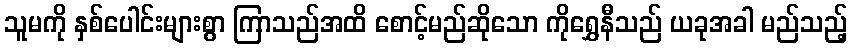
သူမကို နှစ်ပေါင်းများစွာ ကြာသည်အထိ စောင့်မည်ဆိုသော ကိုရွှေနီသည် ယခုအခါ မည်သည့်